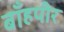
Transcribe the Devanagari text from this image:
बाँहपीर